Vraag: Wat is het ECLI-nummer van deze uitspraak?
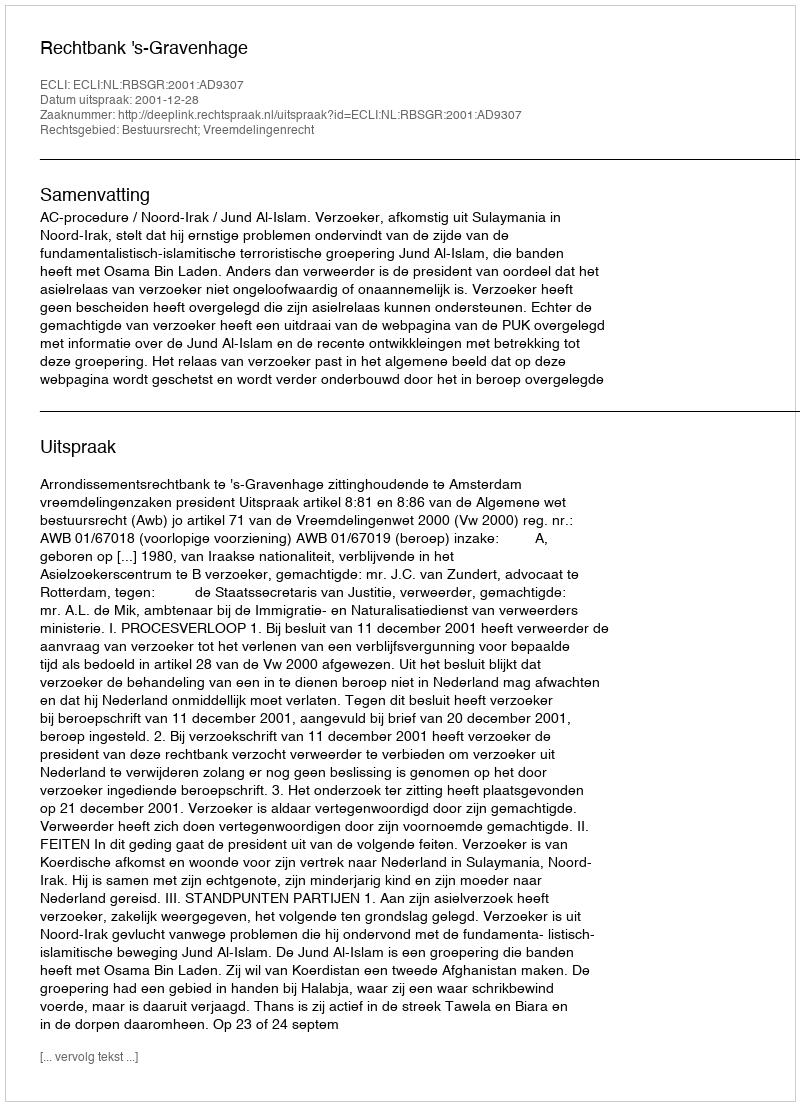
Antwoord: ECLI:NL:RBSGR:2001:AD9307